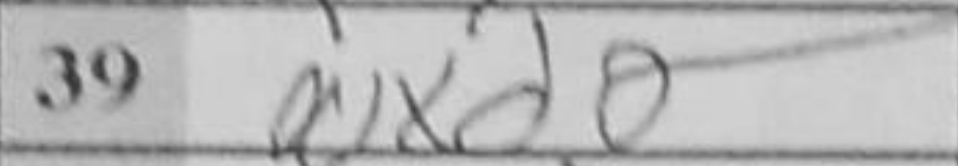
Transcription: Nxd6